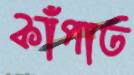
কাঁপাত